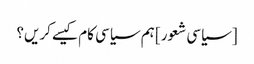
[سیاسی شعور] ہم سیاسی کام کیسے کریں؟